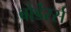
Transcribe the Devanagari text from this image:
बोर्डेरर्स